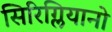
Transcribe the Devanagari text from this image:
सिरिग्लियानो